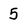
Character: 5